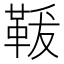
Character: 𩊤